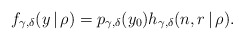
\begin{align*}f_{\gamma, \delta}(y \, | \, \rho)=p_{\gamma, \delta}(y_{0}) h_{\gamma, \delta}(n, r \, | \, \rho).\end{align*}